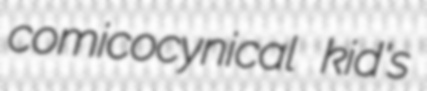
comicocynical kid's